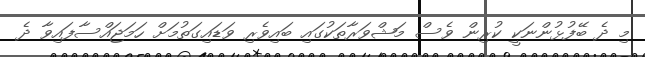
މި ދެ ބޭފުޅުންނަކީ ކުރިން ވެސް މަޝްވަރާތަކުގައި ބައިވެރި ވަޑައިގަތުމަށް ހަމަޖައްސާފައިވާ ދެ